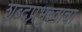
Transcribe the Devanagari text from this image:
शब्दप्रभुत्वाचा